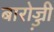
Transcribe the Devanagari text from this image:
बारोज्ज़ी